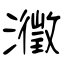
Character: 瀓